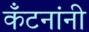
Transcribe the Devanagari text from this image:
कँटनांनी